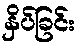
နှိပ်ခြင်း